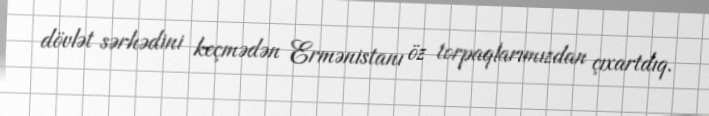
dövlət sərhədini keçmədən Ermənistanı öz torpaqlarımızdan çıxartdıq.